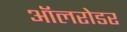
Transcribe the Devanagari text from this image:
ऑलरोडर